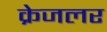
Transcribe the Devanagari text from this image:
क्रेजलर